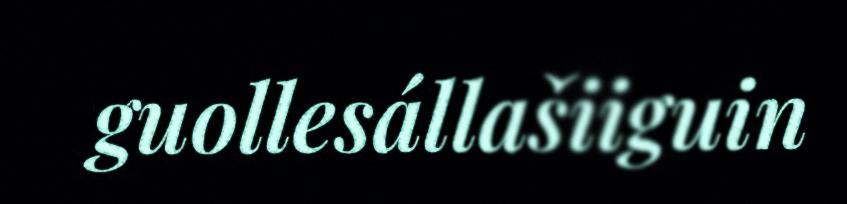
guollesállašiiguin